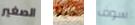
الصغير حينا سوف